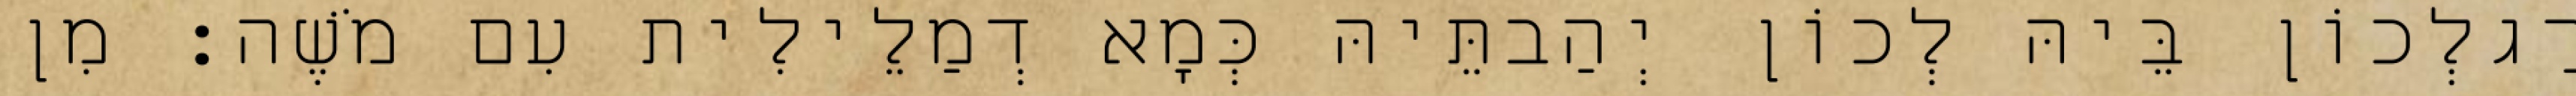
רַגלְכוֹן בֵּיהּ לְכוֹן יְהַבתֵּיהּ כְּמָא דְמַלֵילִית עִם מֹשֶׁה׃ מִן